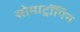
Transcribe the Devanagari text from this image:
सोमाट्रॉपिन